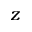
z